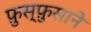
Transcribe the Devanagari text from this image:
फ़ुस्फ़ुसाने